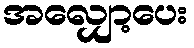
အလျှော့ပေး